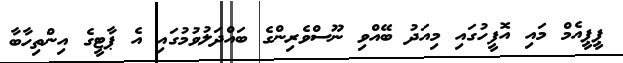
ޕީޕީއެމް މައި އޮފީހުގައި މިއަދު ބޭއްވި ނޫސްވެރިންގެ ބައްދަލުވުމުގައި އެ ޕާޓީގެ އިންތިހާބާ